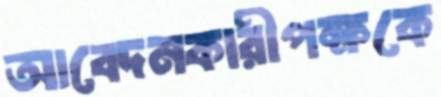
আবেদনকারীপক্ষকে